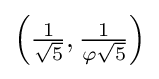
\left({\tfrac {1}{\sqrt {5}}},{\tfrac {1}{\varphi {\sqrt {5}}}}\right)